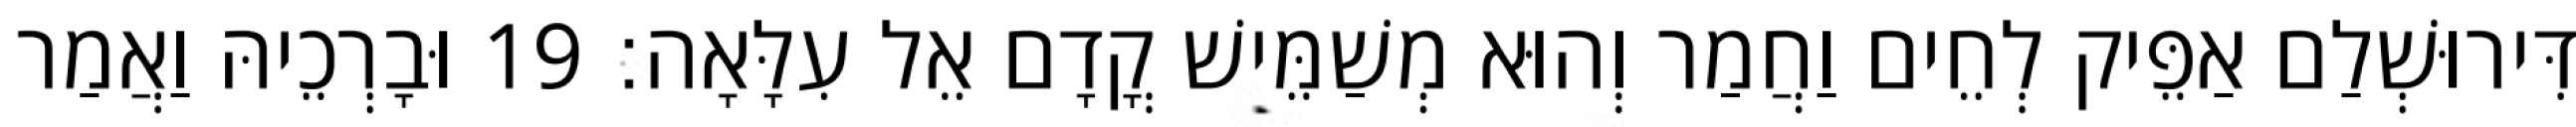
דִּירוּשְׁלַם אַפֵּיק לְחֵים וַחֲמַר וְהוּא מְשַׁמֵּישׁ קֳדָם אֵל עִלָּאָה׃ 19 וּבָרְכֵיהּ וַאֲמַר